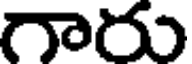
గారు